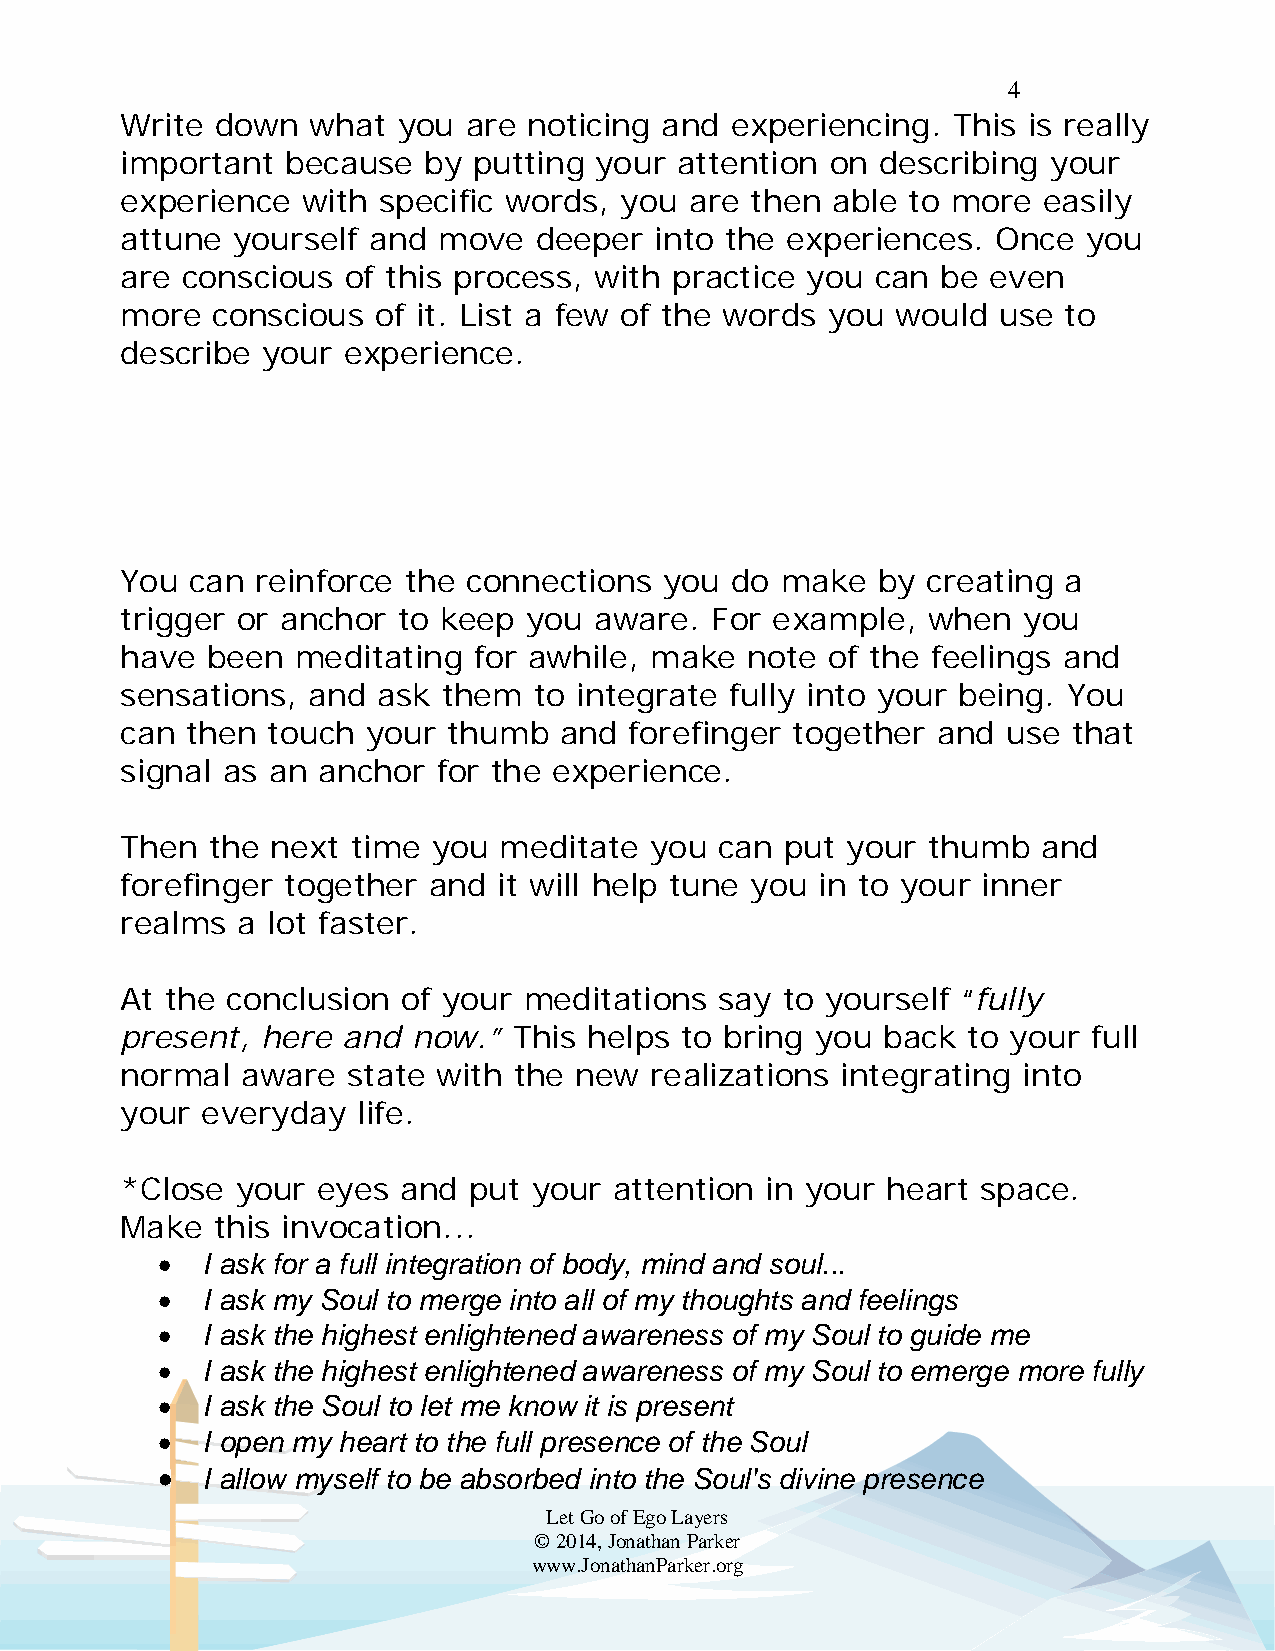
4
 Write down  what  you  are noticing and experiencing.  This is really
 important  because  by putting your  attention on describing  your
 experience  with specific words, you  are then able to more  easily
 attune yourself and  move  deeper  into the experiences.  Once  you
 are conscious  of this process, with practice you can be  even
 more  conscious  of it. List a few of the words you would use to
 describe your  experience.
 You  can reinforce the connections  you do  make  by creating a
 trigger or anchor to keep  you aware.  For example,  when   you
 have  been meditating  for awhile, make  note  of the feelings and
 sensations, and  ask them  to integrate fully into your being. You
 can then  touch your  thumb  and  forefinger together and  use that
 signal as an anchor  for the experience.
 Then  the next time  you meditate  you  can put your thumb   and
 forefinger together and  it will help tune you in to your inner
 realms  a lot faster.
 At the conclusion  of your meditations  say to yourself “fully
 present, here  and now.”  This helps to bring you back  to your full
 normal  aware  state with the new  realizations integrating into
 your everyday   life.
 *Close  your eyes and  put your  attention in your heart space.
 Make  this invocation...
   I ask for a full integration of body, mind and soul...
   I ask my Soul to merge into all of my thoughts and feelings
   I ask the highest enlightened awareness of my Soul to guide me
   I ask the highest enlightened awareness of my Soul to emerge more fully
   I ask the Soul to let me know it is present
   I open my heart to the full presence of the Soul
   I allow myself to be absorbed into the Soul's divine presence
 Let Go of Ego Layers
 © 2014, Jonathan Parker
 www.JonathanParker.org